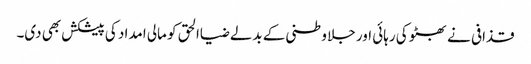
قذافی نے بھٹو کی رہائی اور جلا وطنی کے بدلے ضیاالحق کو مالی امداد کی پیشکش بھی دی۔